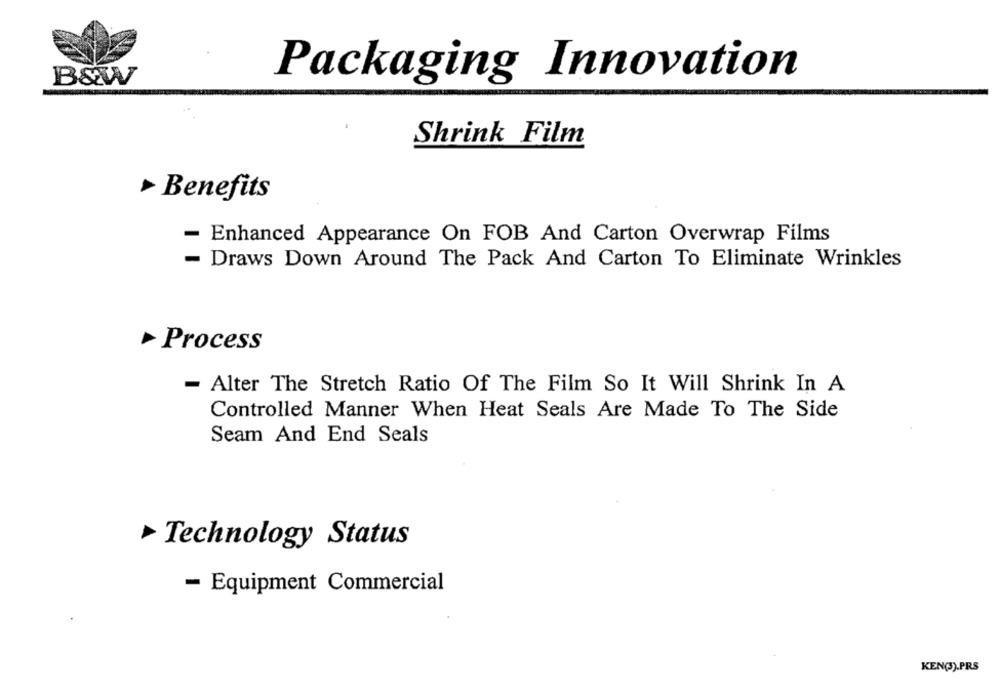
B&W
Packaging Innovation
Shrink Film
Benefits
- Enhanced Appearance On FOB And Carton Overwrap Films
- Draws Down Around The Pack And Carton To Eliminate Wrinkles
Process
- Alter The Stretch Ratio Of The Film So It Will Shrink In A
Controlled Manner When Heat Seals Are Made To The Side
Seam And End Seals
Technology Status
- Equipment Commercial
KEN(3).PRS